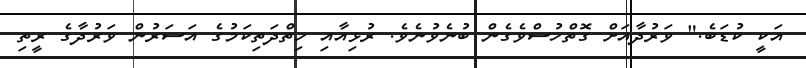
އަކީ ކުޑަބެ." ވަރުދާއަށް ގޮތްހުސްވެގެން ބުނެވުނެވެ. ރުޅިއާއި ހިތްދަތިކަމުގެ އަސަރުން ވަރުދާގެ ރީތި